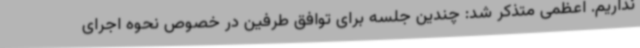
نداریم. اعظمی متذکر شد: چندین جلسه برای توافق طرفین در خصوص نحوه اجرای